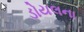
ડોયલના